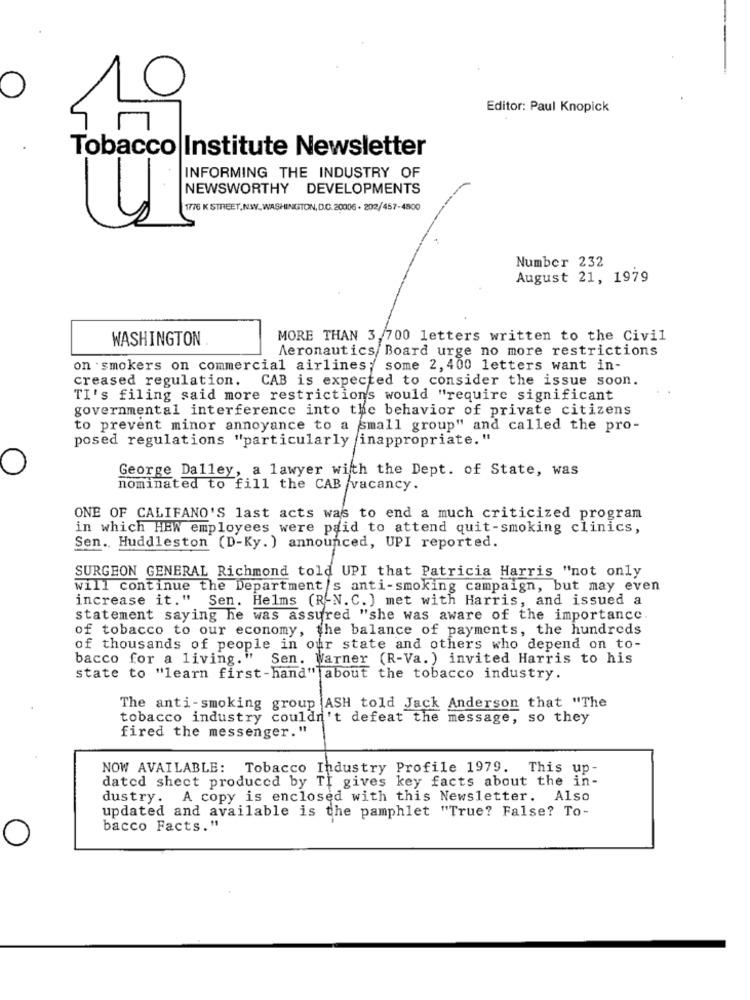
Editor: Paul Knopick
Tobacco Institute Newsletter
INFORMING THE INDUSTRY OF
NEWSWORTHY DEVELOPMENTS
1776 K STREET, NW_WASHINGTON, D.C.20006 - 202/457-4800
Number 232
August 21, 1979
WASHINGTON
MORE THAN 3,700 letters written to the Civil
Aeronautics/ Board urge no more restrictions
on smokers on commercial airlines; some 2, 400 letters want in-
creased regulation.
CAB is expected to consider the issue soon.
TI's filing said more restrictions would "require significant
governmental interference into the behavior of private citizens
to prevent minor annoyance to a small group" and called the pro-
posed regulations "particularly inappropriate. "
George Dalley, a lawyer with the Dept. of State, was
nominated to fill the CAB vacancy.
ONE OF CALIFANO'S last acts was to end a much criticized program
in which HEW employees were paid to attend quit-smoking clinics,
Sen .. Huddleston (D-Ky.) announced, UPI reported.
SURGEON GENERAL Richmond told UPI that Patricia Harris "not only
will continue the Department/s anti-smoking campaign, but may even
increase it." Sen. Helms (R-N. C. ) met with Harris, and issued a
statement saying he was assured "she was aware of the importance.
of tobacco to our economy, the balance of payments, the hundreds
of thousands of people in our state and others who depend on to-
bacco for a living." Sen. Warner (R-Va. ) invited Harris to his
state to "learn first-hand" about the tobacco industry.
The anti-smoking group ASH told Jack Anderson that "The
tobacco industry couldn't defeat the message, so they
fired the messenger. "
NOW AVAILABLE: Tobacco Industry Profile 1979. This up-
dated shect produced by TI gives key facts about the in-
dustry. A copy is enclosed with this Newsletter. Also
updated and available is the pamphlet "True? False? To-
bacco Facts."